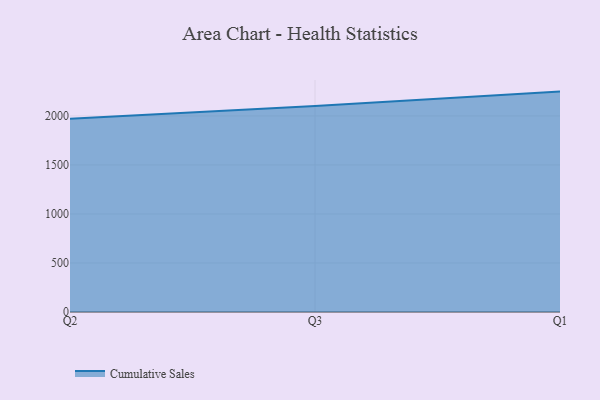
{"axis": {"x": "Quarter", "y": "Temperature (°C)"}, "legend": ["Cumulative Sales"], "data": [{"x": "Q2", "y": 1972.3, "type": "Cumulative Sales"}, {"x": "Q3", "y": 2101.5, "type": "Cumulative Sales"}, {"x": "Q1", "y": 2248.2, "type": "Cumulative Sales"}]}